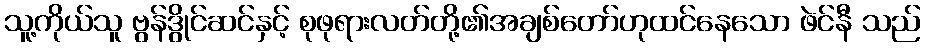
သူ့ကိုယ်သူ ဗွန်ဒွိုင်ဆင်နှင့် စုဖုရားလတ်တို့၏အချစ်တော်ဟုထင်နေသော ဖဲင်နီ သည်